Eestimaa_Kommunistliku_Partei_Keskkomitee, lk 35
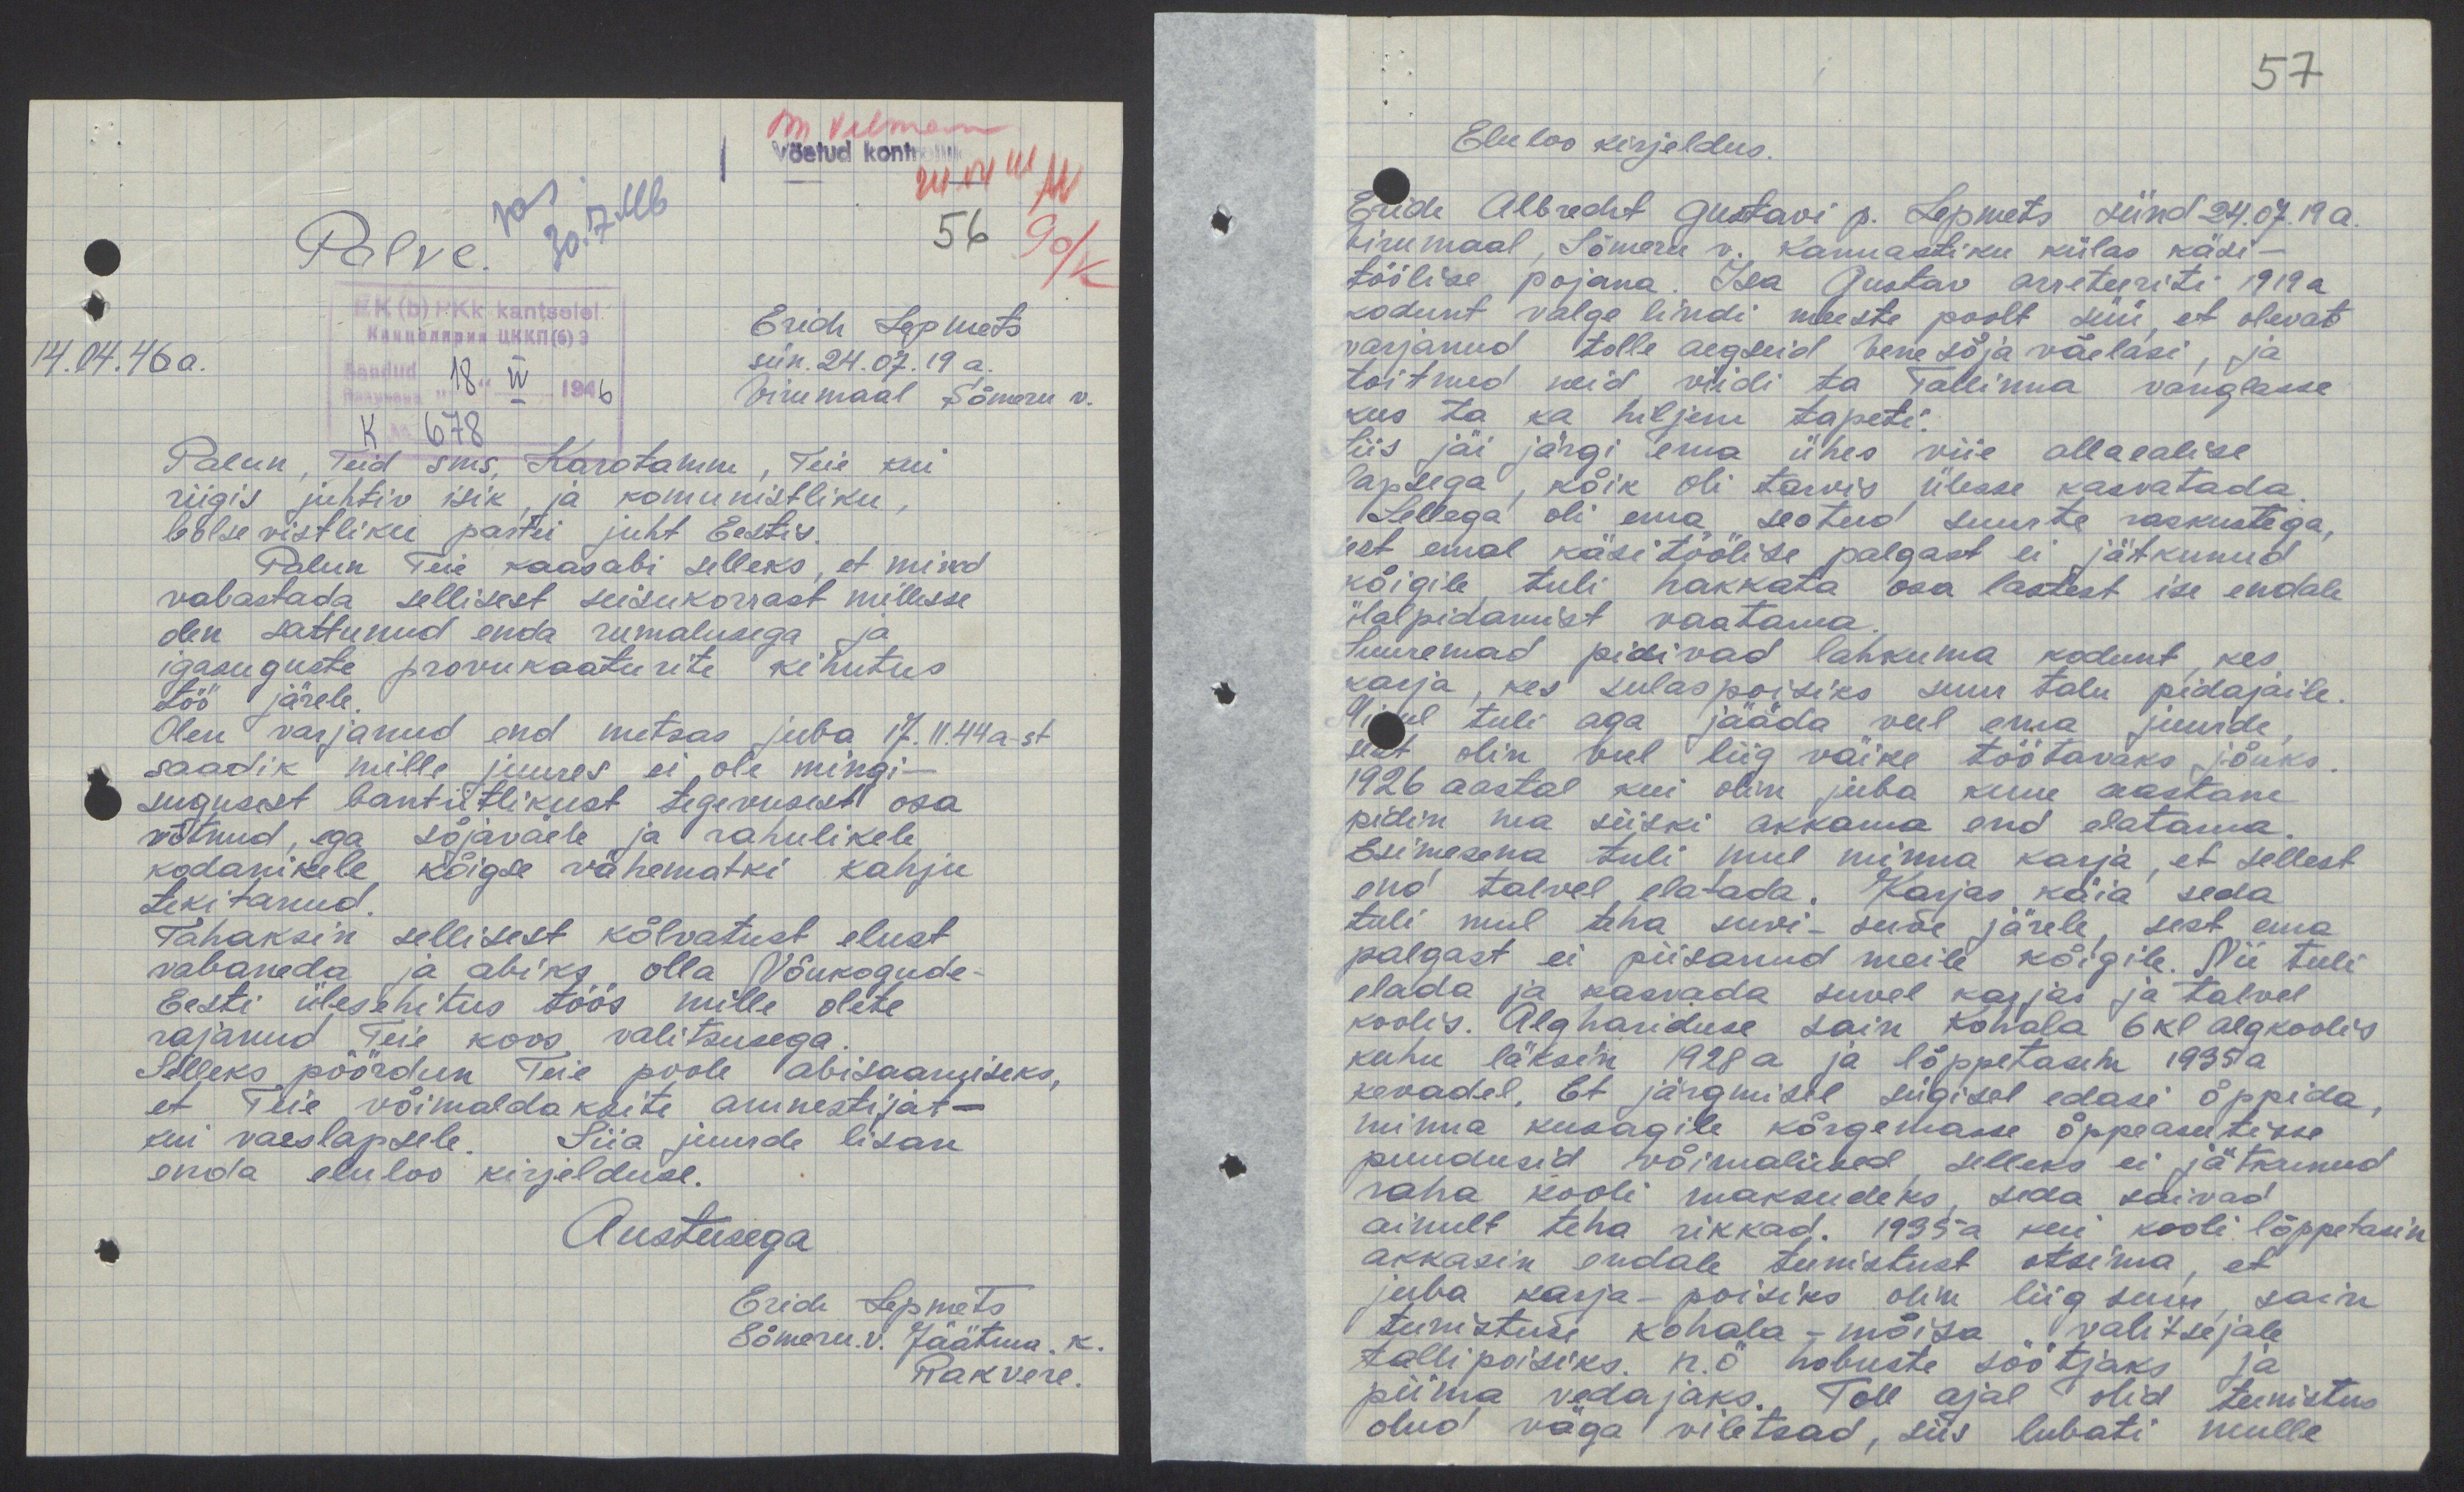
Võetud konts.
56
Palve.
EK(b)PKk kantselei
Erich Lepmets
14.04.46 a.
sün. 24.07.19 a.
Virumaal Sõmeru v.
Saadud "18" IV 1946
K 678
Palun. Teid sms. Karotamm, Teie kui
riigis juhtiv isik, ja komunistliku,
bolsevistliku partei juht Eestis.
Palun Teie kaasabi selleks, et mind
vabastada sellisest seisukorrast millesse
olen sattunud enda rumalusega ja
igasuguste provukaaturite kihutus
töö järele.
Olen varjanud end metsas juba 17.11.44a-st
saadik mille juures ei ole mingi-
sugusest bantiitlikust tegevusest osa
võtnud, ega sõjaväele ja rahulikele
kodanikele kõigse vähematki kahju
tekitanud.
Tahaksin sellisest kõlvatust elust
vabaneda ja abiks olla Nõukogude-
Eesti ülesehitus töös mille olete
rajanud Teie koos valitsusega.
Selleks pöördun Teie poole abisaamiseks,
et Teie võimaldaksite amnestijat -
kui vaeslapsele. Siia juurde lisan
enda eluloo kirjelduse.
Austusega
Erich Lepmets
Sõmeru.v. Jäätma. k.
Rakvere.

57
Eluloo kirjeldus.
Erich Albrecht Gustavi p. Lepmets sünd 24.07.19 a.
Virumaal, Sõmeru v. Kannastiku külas käsi-
töölise pojana. Isa Gustav arreteeriti 1919 a
kodunt valge lindi meeste poolt süü, et olevat
varjanud tolle aegseid Vene sõjaväelasi, ja
toitnud neid, viidi ta Tallinna vanglasse
kus ta ka hiljem tapeti.
Siis jäi järgi ema ühes viie allaealise
lapsega, kõik oli tarvis ülesse kasvatada
Sellega oli ema seotud suurte raskustega,
sest emal käsitöölise palgast ei jätkunud
kõigile, tuli hakkata osa lastest ise endale
ülalpidamist vaatama
Suuremad pidivad lahkuma kodunt, kes
karja, kes sulaspoisiks suur talu pidajaile.
Minul tuli aga jääda veel ema juurde
sest olin veel liig väike töötavaks jõuks.
1926 aastal kui olin juba kuue aastane
pidin ma siiski akkama end elatama.
Esimesena tuli mul minna karja, et sellest
end talvel elatada. Karjas käia seda
tuli mul teha suvi-suve järele, sest ema
palgast ei piisanud meile kõigile. Nii tuli
elada ja kasvada suvel karjas ja talvel
koolis. Alghariduse sain Kohala 6 kl algkoolis
kuhu läksin 1928 a ja lõppetasin 1935 a
kevadel. Et järgmisel sügisel edasi õppida
minna kusagile kõrgemasse õppeasutisse
puudusid võimalused, selleks ei jätkunud
raha kooli maksudeks, seda saivad
ainult teha rikkad. 1935 a kui kooli lõppetasin
akkasin endale teenistust otsima, et
juba karja-poisiks olin liig suur, sain
teenistuse Kohala-mõisa valitsejale
tallipoisiks. n.ö hobuste söötjaks ja
piima vedajaks. Toll ajal olid teenistus
olud väga viletsad, siis lubati mulle